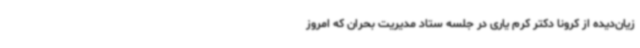
زیان‌دیده از کرونا دکتر کرم یاری در جلسه ستاد مدیریت بحران که امروز